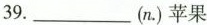
39.___(n.)苹果